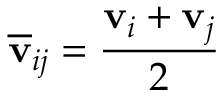
\mathbf { \overline { { v } } } _ { i j } = \frac { \mathbf { v } _ { i } + \mathbf { v } _ { j } } { 2 }